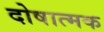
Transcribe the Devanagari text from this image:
दोषात्मक